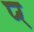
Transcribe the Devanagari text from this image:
प्‍र